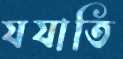
যযাতি